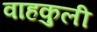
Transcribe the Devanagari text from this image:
वाहकुली